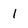
Character: l